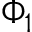
\Phi _ { 1 }